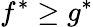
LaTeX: f^{*}\geq g^{*}